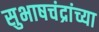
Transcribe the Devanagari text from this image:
सुभाषचंद्रांच्या